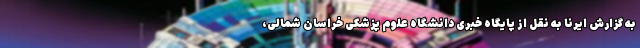
به گزارش ایرنا به نقل از پایگاه خبری دانشگاه علوم پزشکی خراسان شمالی،